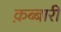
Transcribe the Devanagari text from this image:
क़ब्बारी